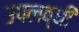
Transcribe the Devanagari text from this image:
उपलब्‍धी